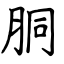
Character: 胴